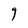
Character: g